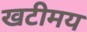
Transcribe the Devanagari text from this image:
खटीमय